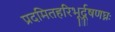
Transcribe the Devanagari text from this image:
प्रदमितहरिभूर्दूषणघ्नः